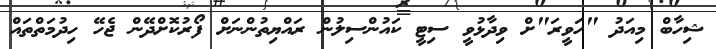
ޝިހާބް މިއަދު "ހަވީރަ"ށް ވިދާޅުވީ ސިޓީ ކައުންސިލުން ރައްޔިތުންނަށް ފޯރުކޮށްދޭން ޖެހޭ ހިދުމަތްތައް